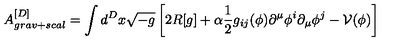
A _ { g r a v + s c a l } ^ { [ D ] } = \int d ^ { D } x \sqrt { - g } \left[ 2 R [ g ] + \alpha \frac { 1 } { 2 } g _ { i j } ( \phi ) \partial ^ { \mu } \phi ^ { i } \partial _ { \mu } \phi ^ { j } - \mathcal { V } ( \phi ) \right]